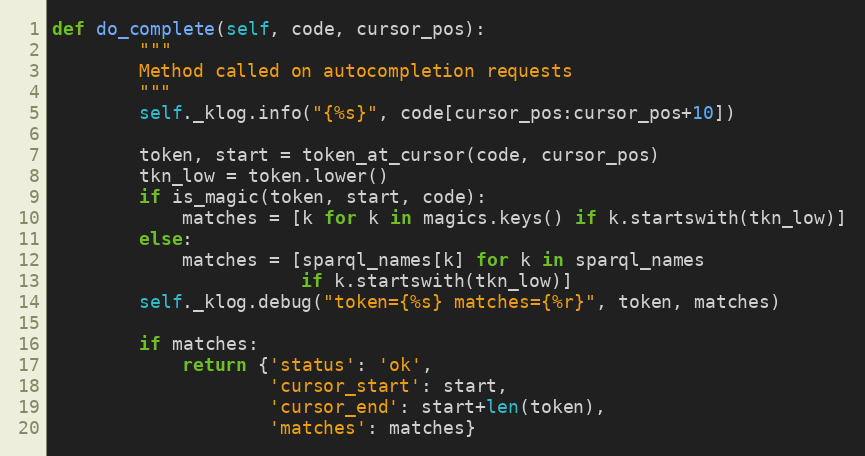
Language: Python
def do_complete(self, code, cursor_pos):
        """
        Method called on autocompletion requests
        """
        self._klog.info("{%s}", code[cursor_pos:cursor_pos+10])

        token, start = token_at_cursor(code, cursor_pos)
        tkn_low = token.lower()
        if is_magic(token, start, code):
            matches = [k for k in magics.keys() if k.startswith(tkn_low)]
        else:
            matches = [sparql_names[k] for k in sparql_names
                       if k.startswith(tkn_low)]
        self._klog.debug("token={%s} matches={%r}", token, matches)

        if matches:
            return {'status': 'ok',
                    'cursor_start': start,
                    'cursor_end': start+len(token),
                    'matches': matches}